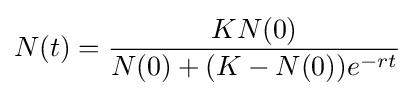
N(t)={\frac {KN(0)}{N(0)+(K-N(0))e^{-rt}}}